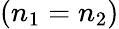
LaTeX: (n_{1}=n_{2})